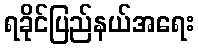
ရခိုင်ပြည်နယ်အရေး